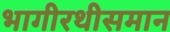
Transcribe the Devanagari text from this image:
भागीरथीसमान